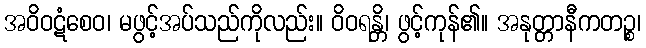
အဝိဝဋံစေဝ၊ မဖွင့်အပ်သည်ကိုလည်း။ ဝိဝရန္တိ၊ ဖွင့်ကုန်၏။ အနုတ္တာနီကတဉ္စ၊